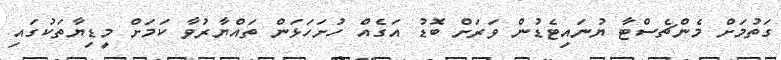
ގަތުމަށް މެންޗެސްޓާ ޔުނައިޓެޑުން ވަރަށް ބޮޑު އަގެއް ހުށަހަޅަން ތައްޔާރުވާ ކަމަށް މީޑިޔާތަކުގައި